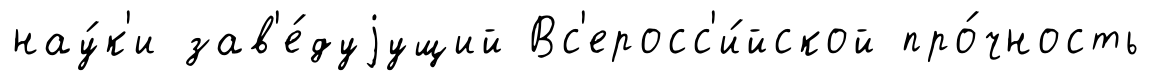
нау́к'и зав'е́дуjущий Вс'еросс'и́йской про́чность